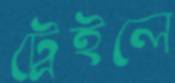
ট্রেইলে